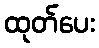
ထုတ်ပေး